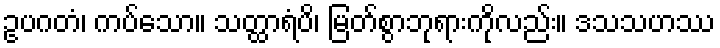
ဥပဂတံ၊ ကပ်သော။ သတ္ထာရံပိ၊ မြတ်စွာဘုရားကိုလည်း။ ဒသသဟဿ